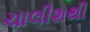
ચાલીશથી